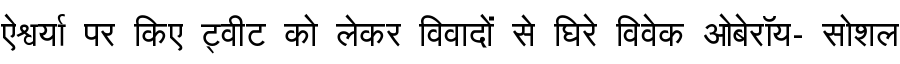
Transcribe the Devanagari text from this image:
ऐश्वर्या पर किए ट्वीट को लेकर विवादों से घिरे विवेक ओबेरॉय- सोशल